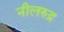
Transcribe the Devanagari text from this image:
नीलरुद्र